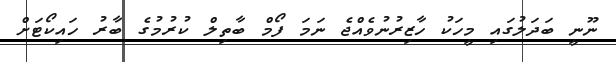
ނޫނީ ބަދަލުގައި މީހަކު ހާޒިރުނުވެއްޖެ ނަމަ ފޯމް ބާތިލް ކުރުމުގެ ބާރު ހައިކޯޓަށް